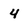
Character: 4